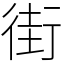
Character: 街